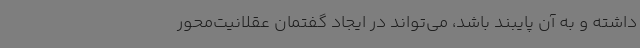
داشته و به آن پایبند باشد، می‌تواند در ایجاد گفتمان عقلانیت‌محور